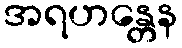
အရဟန္တေန